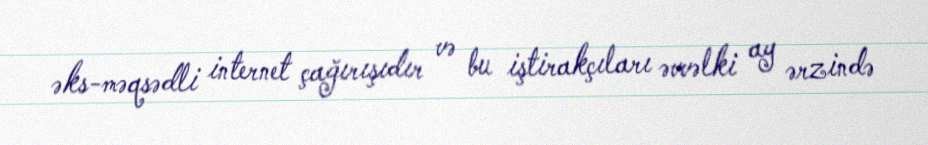
əks-məqsədli internet çağırışıdır və bu iştirakçıları əvvəlki ay ərzində